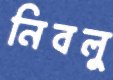
নিবলু